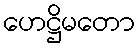
ဟေဋ္ဌိမတော